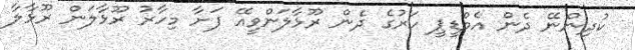
ކުދިންނޭ ދެން އެމްޑީޕީ ހަރުގެ ދެން ރޫޅާލަންވީއޭ ފަށާ މިހާރު ރޫޅާލަން ރޫޅާލާ